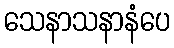
သေနာသနာနံပေ